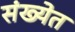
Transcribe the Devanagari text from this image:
संख्‍येत